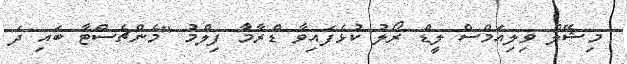
މިޝޭލް ވިލިއަމްސް ލީޑް ރޯލު ކުޅެފައިވާ ޑްރާމާ ފިލްމު "މެންޗެސްޓާ ބައި ދަ